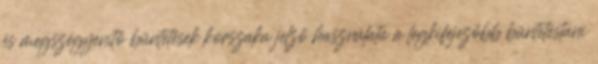
és megszégyenítő büntetések korszaka jelző használata a legkifejezőbb büntetéstani